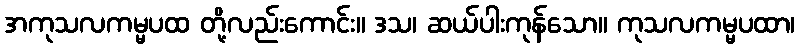
အကုသလကမ္မပထ တို့လည်းကောင်း။ ဒသ၊ ဆယ်ပါးကုန်သော။ ကုသလကမ္မပထာ၊